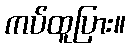
ကပ်ထူပြား။